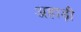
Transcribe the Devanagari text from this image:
अहाड़ी